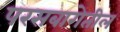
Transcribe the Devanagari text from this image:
परसबागेतील